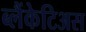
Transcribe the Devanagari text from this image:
ब्लैंकेटिअस